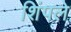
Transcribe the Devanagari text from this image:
शिंपले